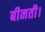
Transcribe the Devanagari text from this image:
बीनती।